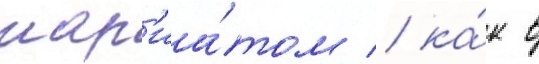
шар'иа́том / ка́к в